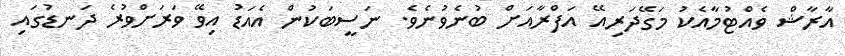
އާރާޝް ވެއްޓުމާއެކު މަގޭދަރިއޭ އަފްރާއަށް ބުނެވުނެވެ. ނަސީބަކުން އެއަޑު އިވޭ ވަރަށްވުރެ ދަނޑުގައި